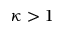
\kappa > 1